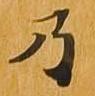
乃